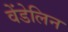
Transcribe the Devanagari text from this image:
वेंडेलिन